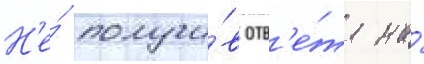
Н'е́ получи́в отв'е́та на́